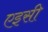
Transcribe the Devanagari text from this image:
एइसी